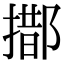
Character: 𨝨